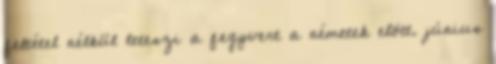
feltétel nélkül leteszi a fegyvert a németek elõtt. június